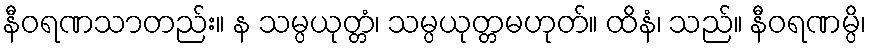
နီဝရဏသာတည်း။ န သမ္ပယုတ္တံ၊ သမ္ပယုတ္တမဟုတ်။ ထိနံ၊ သည်။ နီဝရဏမ္ပိ၊